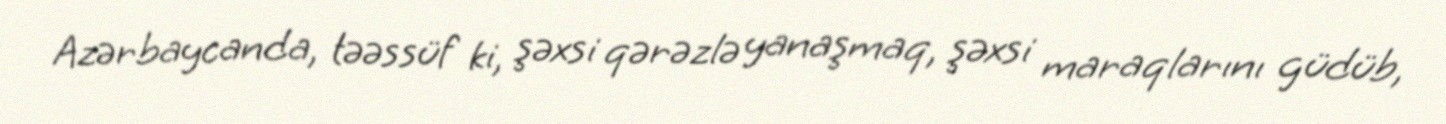
Azərbaycanda, təəssüf ki, şəxsi qərəzlə yanaşmaq, şəxsi maraqlarını güdüb,